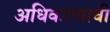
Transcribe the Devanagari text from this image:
अधिकरणाची